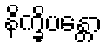
နိက္ခိပန္တော